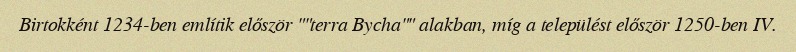
Birtokként 1234-ben említik először ""terra Bycha"" alakban, míg a települést először 1250-ben IV.